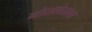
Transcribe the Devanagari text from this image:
मोरालेसला